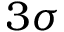
3 \sigma